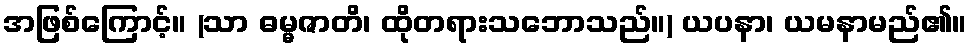
အဖြစ်ကြောင့်။ (သာ ဓမ္မဇာတိ၊ ထိုတရားသဘောသည်။) ယပနာ၊ ယမနာမည်၏။